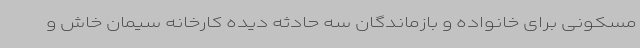
مسکونی برای خانواده و بازماندگان سه حادثه دیده کارخانه سیمان خاش و